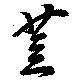
荳